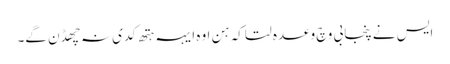
ایس نے پنجابی وچ وعدہ لتا کہ ہن اوہ ایہہ ہتھ کدی نہ چھڈن گے۔